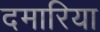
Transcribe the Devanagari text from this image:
दमारिया